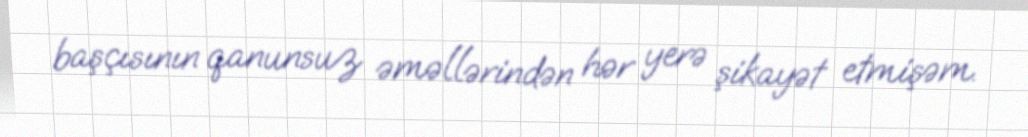
başçısının qanunsuz əməllərindən hər yerə şikayət etmişəm.